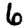
Digit: 6